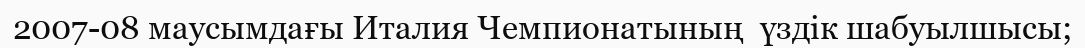
2007-08 маусымдағы Италия Чемпионатының  үздік шабуылшысы;